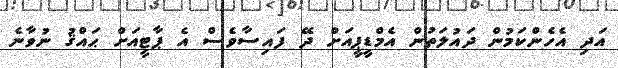
އަދި އެހެންކަމުން ދައުލަތުން އެމްޑީޕީއަށް ދޭ ފައިސާވެސް އެ ޕާޓީއަށް ޙައްޤު ނުވާނެ